Source: Computer-generated
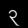
Digit: ၃ (3)